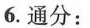
6.通分：